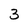
Character: 3